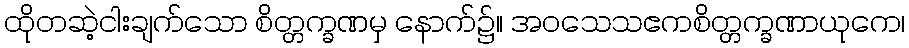
ထိုတဆဲ့ငါးချက်သော စိတ္တက္ခဏမှ နောက်၌။ အဝသေသဧကစိတ္တက္ခဏာယုကေ၊